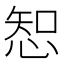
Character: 𢜔